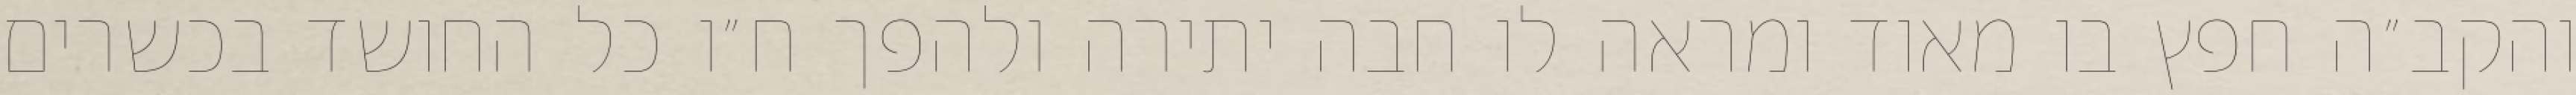
והקב״ה חפץ בו מאוד ומראה לו חבה יתירה ולהפך ח״ו כל החושד בכשרים